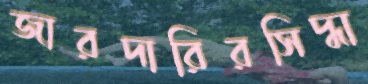
জারদারিরসিদ্ধা